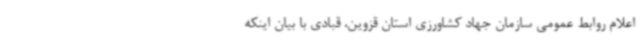
اعلام روابط عمومی سازمان جهاد کشاورزی استان قزوین، قبادی با بیان اینکه